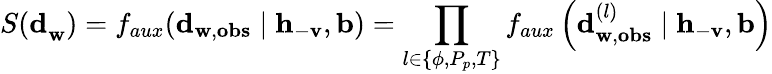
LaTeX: {S(\mathbf{d}}_{\mathbf{w}})=f_{aux}(\mathbf{d}_{\mathbf{w},\mathbf{obs}}\mid\mathbf{h}_{-\mathbf{v}},\mathbf{b})=\prod_{l\in\{ \phi,P_{p},T\} }{f_{aux}\left(\mathbf{d}_{\mathbf{w},\mathbf{obs}}^{(l)}\mid\mathbf{h}_{-\mathbf{v}},\mathbf{b}\right)}